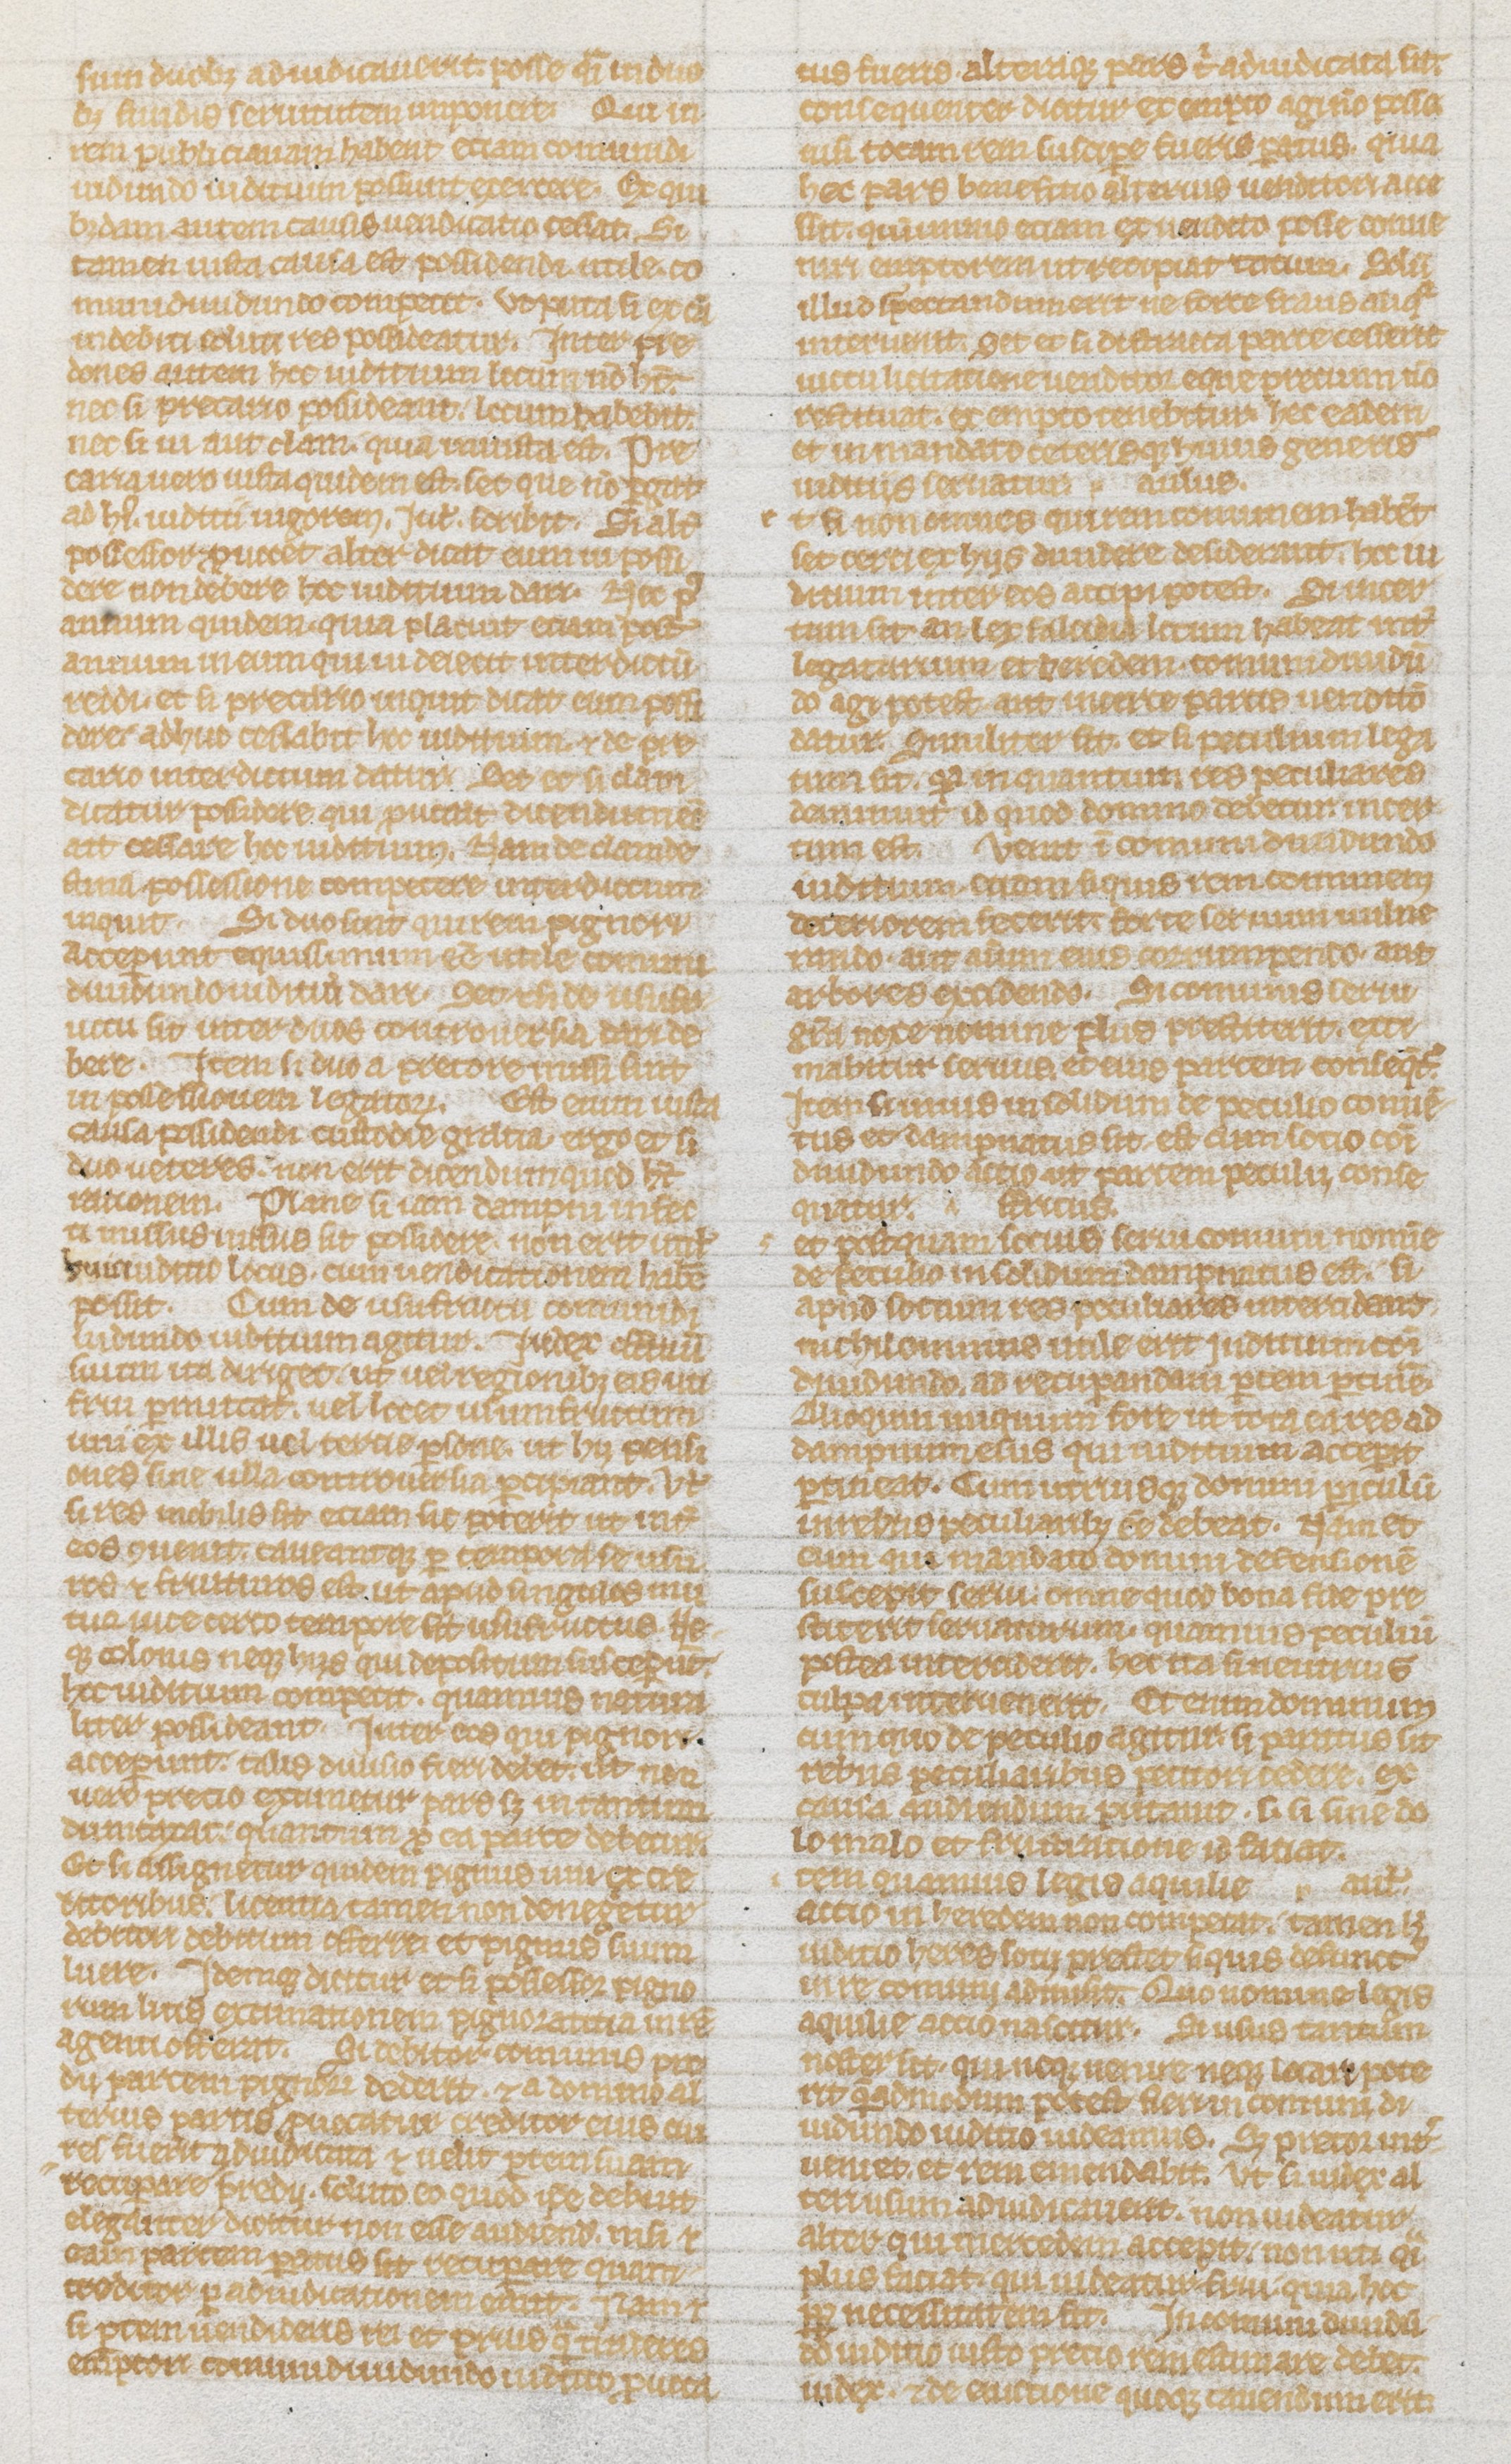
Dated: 1235–1265